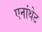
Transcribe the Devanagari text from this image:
एनांथेट